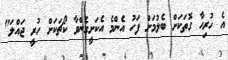
އެ ހުރިހާ ގޮތަކަށް ބެލުމަށް ފަހު އެންމެ އެކަށީގެންވާ ކޯޗަކަށް ހުރީ ޖައްލަ"